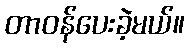
တာဝန်ပေးခဲ့မယ်။